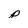
Character: p